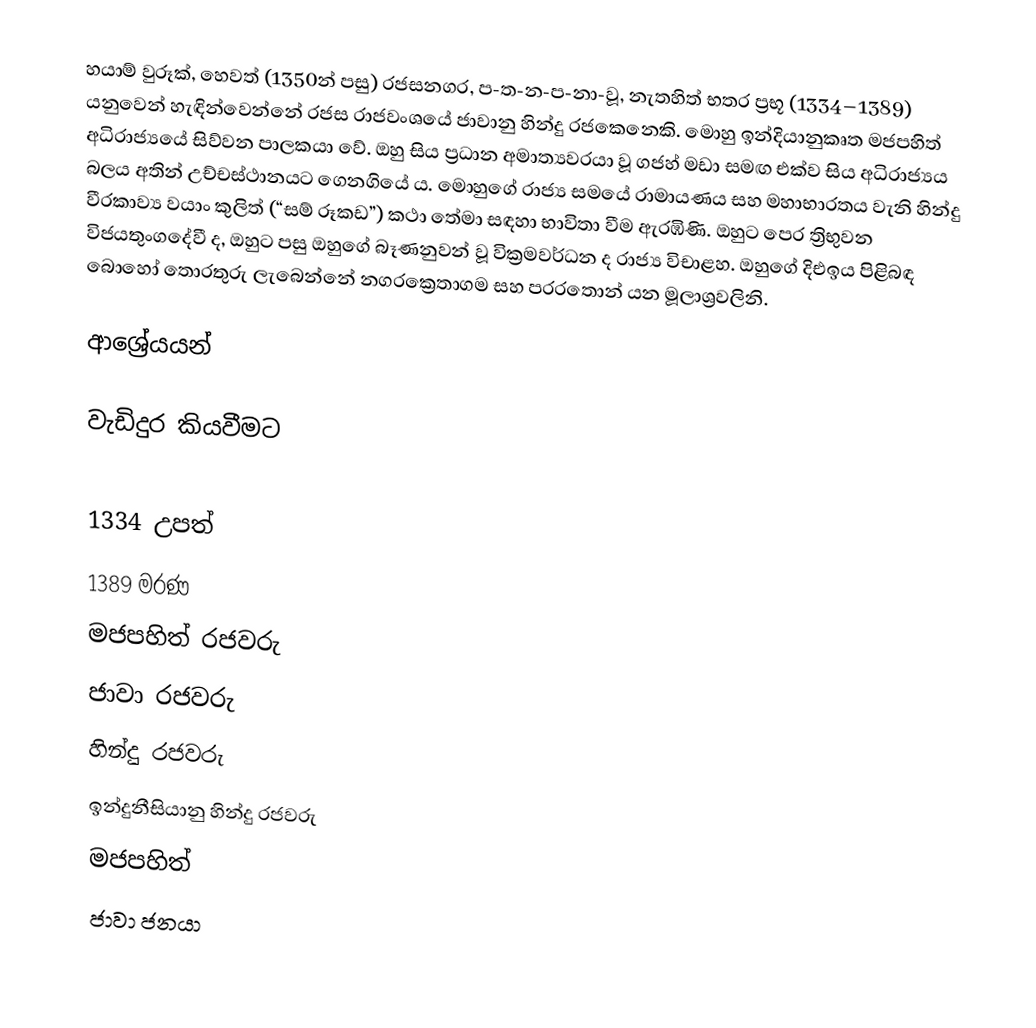
හයාම් වුරූක්, හෙවත් (1350න් පසු) රජසනගර, ප-ත-න-ප-නා-වූ, නැතහිත් භතර ප්‍රභූ (1334–1389) යනුවෙන් හැඳින්වෙන්නේ රජස රාජවංශයේ ජාවානු හින්දු රජකෙනෙකි. මොහු ඉන්දියානුකෘත මජපහිත් අධිරාජ්‍යයේ සිව්වන පාලකයා වේ. ඔහු සිය ප්‍රධාන අමාත්‍යවරයා වූ ගජහ් මඩා සමඟ එක්ව සිය අධිරාජ්‍යය බලය අතින් උච්චස්ථානයට ගෙනගියේ ය. මොහුගේ රාජ්‍ය සමයේ රාමායණය සහ මහාභාරතය වැනි හින්දු වීරකාව්‍ය  වයාං කුලිත් (“සම් රූකඩ”) කථා තේමා සඳහා භාවිතා වීම ඇරඹිණි. ඔහුට පෙර ත්‍රිභුවන විජයතුංගදේවී ද, ඔහුට පසු ඔහුගේ බෑණනුවන් වූ වික්‍රමවර්ධන ද රාජ්‍ය විචාළහ. ඔහුගේ දිඑඉය පිළිබඳ බොහෝ තොරතුරු ලැබෙන්නේ නගරක්‍රෙතාගම සහ පරරතොන් යන මූලාශ්‍රවලිනි.

ආශ්‍රේයයන්

වැඩිදුර කියවීමට

1334 උපත්
1389 මරණ
මජපහිත් රජවරු
ජාවා රජවරු
හින්දු රජවරු
ඉන්දුනීසියානු හින්දු රජවරු
මජපහිත්
ජාවා ජනයා